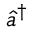
\hat { a } ^ { \dag }